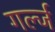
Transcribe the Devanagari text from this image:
गर्ल्‍ज